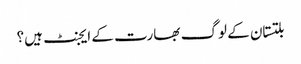
بلتستان کے لوگ بھارت کے ایجنٹ ہیں؟